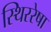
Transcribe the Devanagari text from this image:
स्थिररेषा